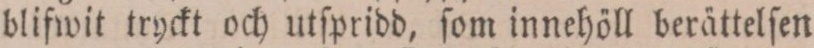
blifwit tryckt och utſpridd, ſom innehöll berättelſen